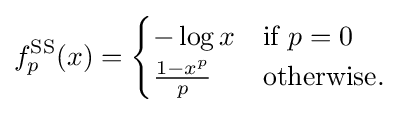
f_{p}^{\mathrm {SS} }(x)={\begin{cases}-\log x&{\text{if }}p=0\\{\frac {1-x^{p}}{p}}&{\text{otherwise.}}\end{cases}}